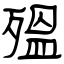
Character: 殟